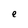
Character: e